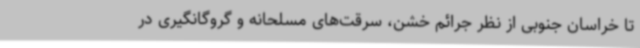
تا خراسان جنوبی از نظر جرائم خشن، سرقت‌های مسلحانه و گروگانگیری در